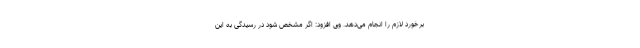
برخورد لازم را انجام می‌دهد. وی افزود: اگر مشخص شود در رسیدگی به این